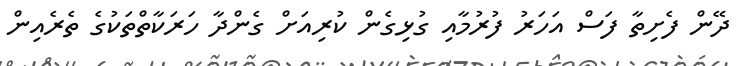
ދޭން ފެށިތާ ފަސް އަހަރު ފުރުމާއި ގުޅިގެން ކުރިއަށް ގެންދާ ހަރަކާތްތަކުގެ ތެރެއިން